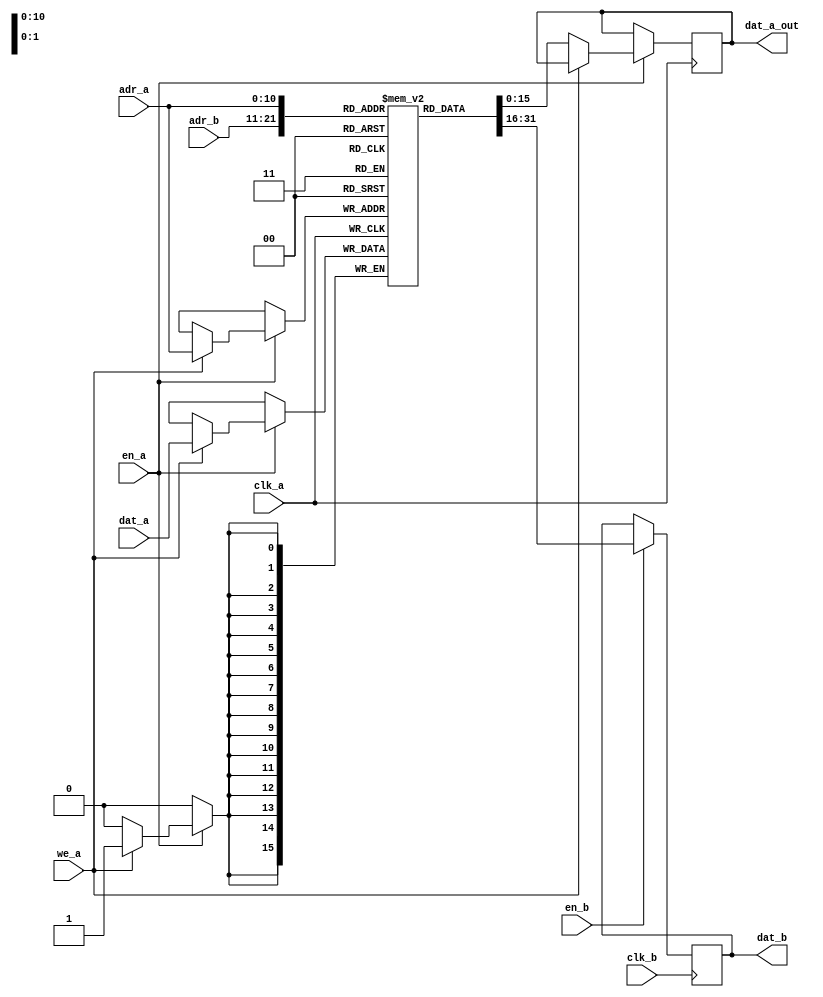
//------------------------------------------------------------------
// Dual port memory (one read and one write port, same width)
//------------------------------------------------------------------

module dp_ram #(
	parameter adr_width = 11,
	parameter dat_width = 16,
	parameter mem_file_name = "none"
) (
	// write port a 
	input                       clk_a,
	input                       en_a,
	input                       en_b,
	input      [adr_width-1:0]  adr_a,
	input 	   [dat_width-1:0]  dat_a,
	// read port b
	input                       clk_b,
	input      [adr_width-1:0]  adr_b,
	output reg [dat_width-1:0]  dat_b,
	output reg [dat_width-1:0]  dat_a_out,
	input                       we_a
);

parameter depth = (1 << adr_width);
// actual ram cells
reg [dat_width-1:0] ram [0:depth-1];
//------------------------------------------------------------------
// read port B
//------------------------------------------------------------------
always @(posedge clk_b)
begin
	if (en_b)	
	dat_b <= ram[adr_b];
end

//------------------------------------------------------------------
// write port A
//------------------------------------------------------------------
always @(posedge clk_a)
begin
	if (en_a) begin
		if (we_a) begin
			ram[adr_a] <= dat_a;
		end else  dat_a_out<=ram[adr_a];
	end 
end

initial 
begin
	if (mem_file_name != "none")
	begin
		$readmemh(mem_file_name, ram);
	end
end

endmodule